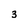
Character: 3